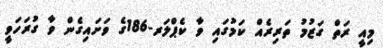
މިއީ ރަތް ގަޒުމު ތަރިރެއް ކަމުގައި ވާ ކެޕްލަރ-186ގެ ވަށައިގެން ވާ ގުރަހަވީ